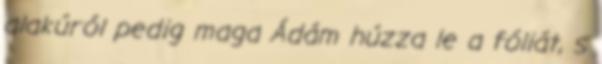
alakúról pedig maga Ádám húzza le a fóliát, s